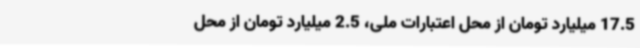
17.5 میلیارد تومان از محل اعتبارات ملی، 2.5 میلیارد تومان از محل